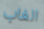
الغاب